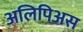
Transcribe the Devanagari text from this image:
अलिपिअस